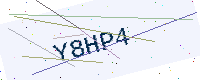
Text: Y8HP4